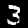
Label: 3